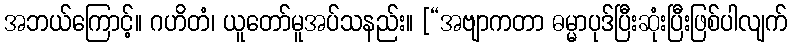
အဘယ်ကြောင့်။ ဂဟိတံ၊ ယူတော်မူအပ်သနည်း။ [“အဗျာကတာ ဓမ္မာပုဒ်ပြီးဆုံးပြီးဖြစ်ပါလျက်